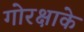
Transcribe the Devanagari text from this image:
गोरक्षाके